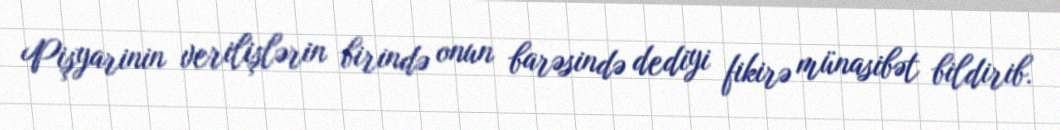
Pişyarinin verilişlərin birində onun barəsində dediyi fikirə münasibət bildirib.